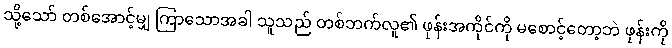
သို့သော် တစ်အောင့်မျှ ကြာသောအခါ သူသည် တစ်ဘက်လူ၏ ဖုန်းအကိုင်ကို မစောင့်တော့ဘဲ ဖုန်းကို